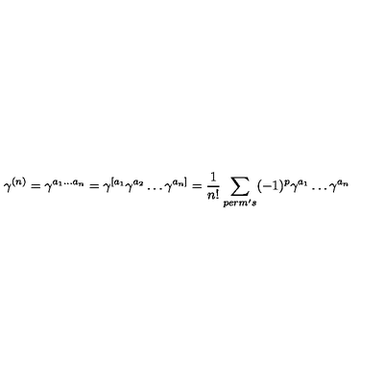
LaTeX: \gamma ^ { ( n ) } = \gamma ^ { a _ { 1 } \ldots a _ { n } } = \gamma ^ { [ a _ { 1 } } \gamma ^ { a _ { 2 } } \ldots \gamma ^ { a _ { n } ] } = \frac { 1 } { n ! } \sum _ { p e r m ^ { \prime } s } ( - 1 ) ^ { p } \gamma ^ { a _ { 1 } } \ldots \gamma ^ { a _ { n } }